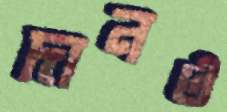
দানও